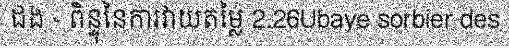
ដង - ពិន្ទុនៃការវាយតម្លៃ 2.26Ubaye sorbier des